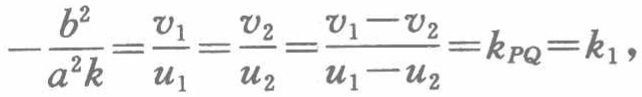
\(-\frac{b^{2}}{a^{2}k}=\frac{v_{1}}{u_{1}}=\frac{v_{2}}{u_{2}}=\frac{v_{1}-v_{2}}{u_{1}-u_{2}}=k_{PQ}=k_{1},\)